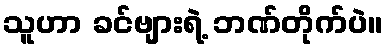
သူဟာ ခင်ဗျားရဲ့ ဘဏ်တိုက်ပဲ။